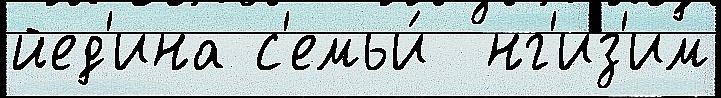
йед'ина с'емьи́  нг'из'им